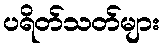
ပရိတ်သတ်များ